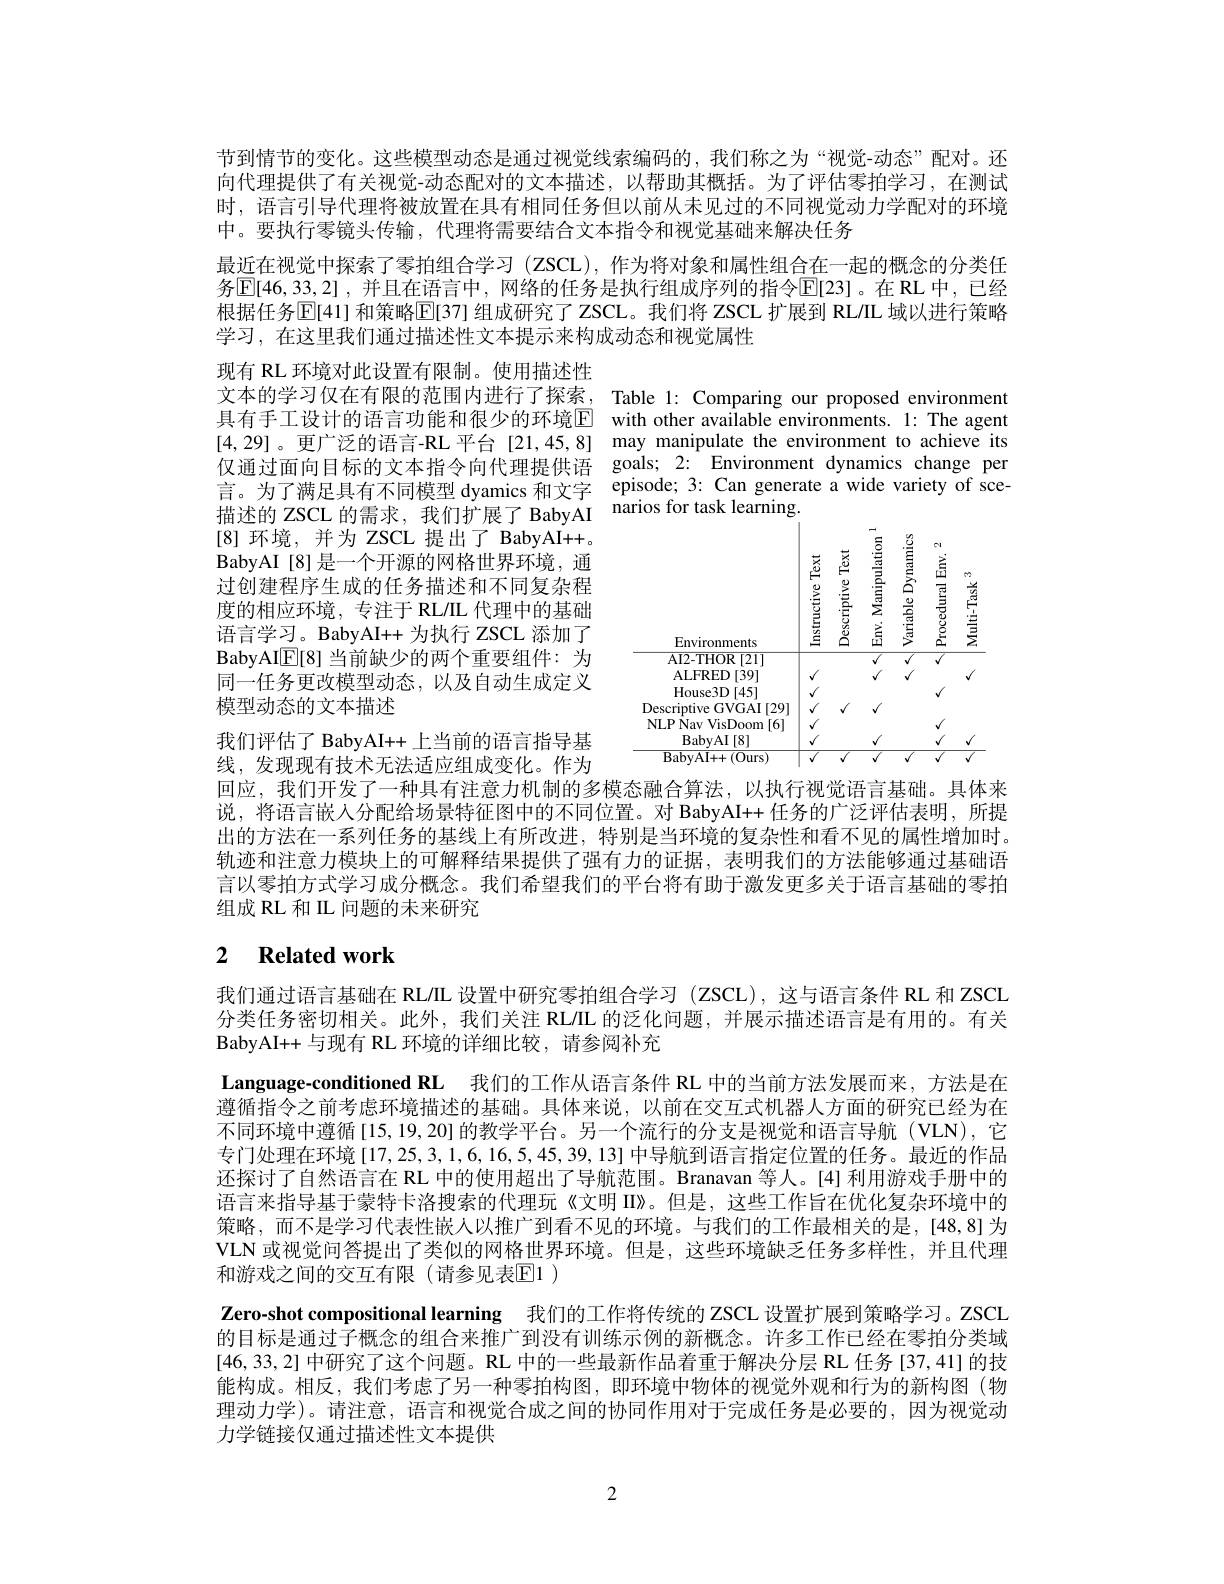
节到情节的变化。这些模型动态是通过视觉线索编码的，我们称之为“视觉-动态”配对。还向代理提供了有关视觉-动态配对的文本描述，以帮助其概括。为了评估零拍学习，在测试时，语言引导代理将被放置在具有相同任务但以前从未见过的不同视觉动力学配对的环境中。要执行零镜头传输，代理将需要结合文本指令和视觉基础来解决任务
最近在视觉中探索了零拍组合学习(ZSCL),作为将对象和属性组合在一起的概念的分类任务$\boxed{\mathrm{E} [ 46, 33, 2] }$ ,并且在语言中，网络的任务是执行组成序列的指令$\boxed{\mathrm{E}[23]}$。在 RL 中，已经根据任务$\operatorname{E[41]}$和策略$\operatorname{E[37]}$组成研究了 ZSCL。我们将 ZSCL 扩展到 RL/IL 域以进行策略学习，在这里我们通过描述性文本提示来构成动态和视觉属性

文本的学习仅在有限的范围内进行了探索，Table l: Comparing our proposed environment 具有手工设计的语言功能和很少的环境$\overline {\mathbb{E} }$ with other available environments. 1: The agent [4,29] 。更广泛的语言-RL 平台[21,45,8] may manipulate the environment to achieve its 仅通过面向目标的文本指令向代理提供语 goals; 2: Environment dynamics change per 仅 過 过 间 间 日 你 的 又 不 可 能 了 同 代 理 旋 供 由 episode; 3: Can generate a wide variety of sce- 言 。为 了 满 足 具 有 不 同 模 型 dyamics 和 文 字 episode; 3: Can generate a wide variety of sce- 描 述 的 ZSCL 的 需 求 , 我 们 扩 展 了 BabyAI narios for task learning. |

现有 RL 环境对此设置有限制。使用描述性[8]环境，并为 ZSCL 提出了 BabyAI++。BabyAI[8]是一个开源的网格世界环境，通过创建程序生成的任务描述和不同复杂程度的相应环境，专注于 RL/IL 代理中的基础语言学习。BabyAI++ 为执行 ZSCL 添加了BabyAIE[ 8] 当前缺少的两个重要组件：为同一任务更改模型动态，以及自动生成定义模型动态的文本描述
我们评估了 BabyAI++ 上当前的语言指导基

<FigureHere>

线，发现现有技术无法适应组成变化。作为

回应，我们开发了一种具有注意力机制的多模态融合算法，以执行视觉语言基础。具体来说，将语言嵌人分配给场景特征图中的不同位置。对 BabyAI++ 任务的广泛评估表明，所提出的方法在一系列任务的基线上有所改进，特别是当环境的复杂性和看不见的属性增加时。轨迹和注意力模块上的可解释结果提供了强有力的证据，表明我们的方法能够通过基础语言以零拍方式学习成分概念。我们希望我们的半台将有助于激发史多关于语言基础的萎拍组成 RL 和 IL 问题的未来研究

# 2 $\textbf{Related work}$

我们通过语言基础在 RL/IL 设置中研究零拍组合学习 (ZSCL),这与语言条件 RL 和 ZSCL 分类任务密切相关。此外，我们关注 RL/L 的泛化问题，并展示描述语言是有用的。有关BabyAI+ + 与现有 RL 环境的详细比较，请参阅补充
Language-conditioned RL 我们的工作从语言条件 RL 中的当前方法发展而来，方法是在遵循指令之前考虑环境描述的基础。具体来说，以前在交互式机器人方面的研究已经为在不同环境中遵循[15,19,20]的教学平台。另一个流行的分支是视觉和语言导航(VLN),它专门处理在环境[17,25,3,1,6,16,5,45,39,13] 中导航到语言指定位置的任务。最近的作品还探讨了自然语言在 RL 中的使用超出了导航范围。Branavan 等人。[4] 利用游戏手册中的语言来指导基于蒙特卡洛搜索的代理玩《文明 II》。但是，这些工作旨在优化复杂环境中的策略，而不是学习代表性嵌人以推广到看不见的环境。与我们的工作最相关的是，[48,8] 为VLN 或视觉问答提出了类似的网格世界环境。但是，这些环境缺乏任务多样性，并且代理和游戏之间的交互有限(请参见表$\mathbb{E}1)$
Zero-shot compositional learning 我们的工作将传统的 ZSCL 设置扩展到策略学习。ZSCL 的目标是通过子概念的组合来推广到没有训练示例的新概念。许多工作已经在零拍分类域[46,33,2]中研究了这个问题。RL 中的一些最新作品着重于解决分层 RL 任务 [37,41] 的技能构成。相反，我们考虑了另一种零拍构图，即环境中物体的视觉外观和行为的新构图(物理动力学)。请注意，语言和视觉合成之间的协同作用对于完成任务是必要的，因为视觉动力学链接仅通过描述性文本提供

2